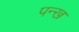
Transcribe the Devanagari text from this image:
पन्ख